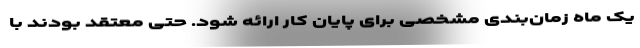
یک ماه زمان‌بندی مشخصی برای پایان کار ارائه شود. حتی معتقد بودند با